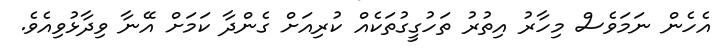
އެހެން ނަމަވެސް މިހާރު އިތުރު ތަހުގީގުތަކެއް ކުރިއަށް ގެންދާ ކަމަށް އޭނާ ވިދާޅުވިއެވެ.